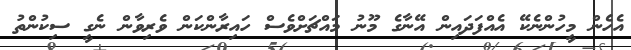
އެހެން މީހުންނެކޭ އެއްފަދައިން އޭނާގެ މޫނު މައްޗަށްވެސް ހައިރާންކަން ވެރިވާން ނެގީ ސިކުންތު